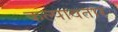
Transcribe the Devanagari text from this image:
कल्पावतार